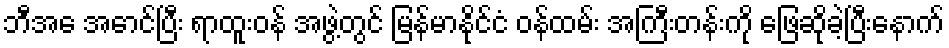
ဘီအေ အောင်ပြီး ရာထူးဝန် အဖွဲ့တွင် မြန်မာနိုင်ငံ ဝန်ထမ်း အကြီးတန်းကို ဖြေဆိုခဲ့ပြီးနောက်